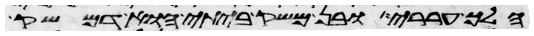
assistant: הלך עררי ובן משק ביתי הוא דמשק